King Institute of Preventive Medicine Micro-Biological Section reports 1909-11
Year: 1909
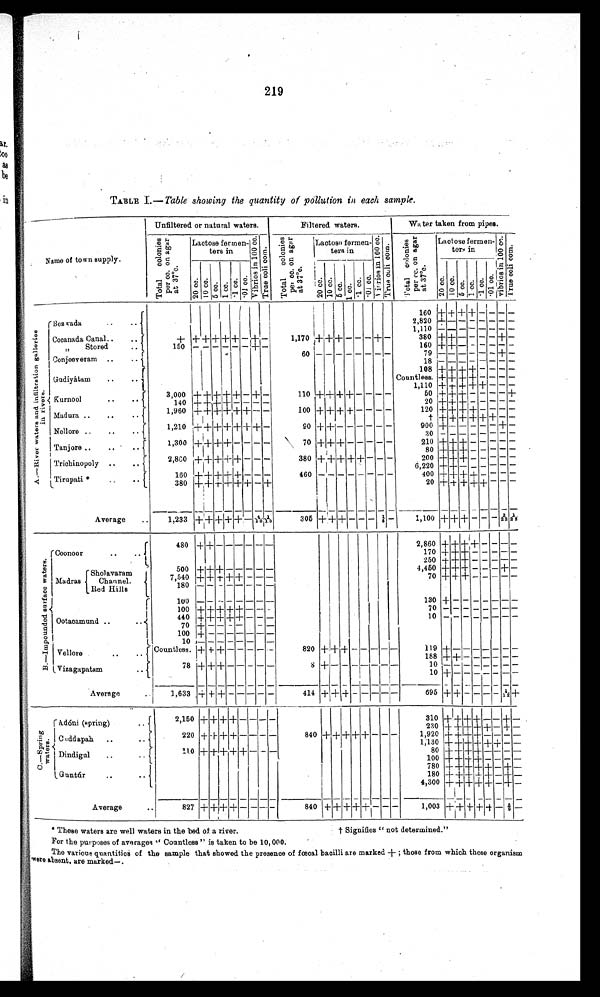
219
TABLE I.—Table showing the quantity of pollution in each sample.
Name of town supply.
Unfiltered or natural waters.
Filtered waters.
Water taken from pipes.
T o t a l p e r c c . o n a g a r a t 3 7° c .
Lactose fermen-
tern in
V i b r i o s i n 1 0 0 c c .
T r u e c o l i c o m .
Tot al col oni es per cc. on ager at 37°c.
Lactoso fermen-
t er s i n
v i b r i o s i n 1 0 0 c c . T r u c o l i c o m .
T o t a l c o l o n i e s p e r c c . o n a g e r a t 3 7°c .
Laotose fermen-
ters in
v i b r i o s i n 1 0 0 c c . Tr u e c o l i c o m.
20 cc.
1 0 c c . 5 c c .
1 c c .
.1 cc.
. 0 1 c c .
2 0 c c . 10 c c .
5 cc.
1 cc.
. 1 cc.
01 cc.
20 cc. 1 0 c c . 5 cc.1 cc. . 1 c c .
. 0 1 c c .
A . — R i v e r w a t e r s a n d i n f i l t r a t i o n g a l l e r i e s i n r i v e r . Bezwda
1 6 0
+ + + + - - - -
2,820 + - - - - - - -
1,110 + - - - - - - -
Cocanada Canal
" Stored
+ + + + + + - + -
1,170 + + + - - - + -
380 + + - - - - + -
150 - - - - - - + -
6 0
- - - - - - - -
160 + + - - - - - -
60 - - - - - - - -
79 - - - - - - + -
Conjeeveram
1 8
- - - - - - - -
1 0 8 + + + + - - - -
G u d i y á t a m
Countless. + + + + - - - -
1,110 + + + + + - - -
Kurnool
3 , 0 0 0
+ + + + + - + -
110 + + + + + - - -
50 + + + - - - - +
1 4 0
+ + + + - - - -
2 0+ + + - - - - -
1,960 + + + + + + - -
100 + + + + - - - -
120 + + + + - - - -
Madura
† + + + + + + - -
1,210 + + + + + + + -
90 + + - - - - - -
900 + - - - - - + -
Nellore
3 0 - - - - - - - -
1300 + + + + - - - -
70 + + + - - - - -
210 + + + - - - - -
Tanjore
80 + + + - - - - -
2,800 + + + + + - - -
380
+ + + + + - - -
200 + + + - - - - -
Trichinopoly
6,220 + + - - - - - -
160 + + + + + - - -
460 - - - - - - - -
400 + + + + - - - -
Tirupati*
380 + + + +
+ + - +
20 +
+ +
+ + -
-
-
Average
1,233
+
+
+ + + - 4/10 1/10
3 0 5
+ + + - - - 1/5 -
1 , 1 0 0 + + + - -
-
B/22A/22
B . — I m p o u n d e d s u r f a c e w a t e r s .
Coonoor
480
+ + - - - - - -
2,860 + + + + - - - -
170 + + + - - - - -
250 + + + - - - - -
Sholavaram
Madras Channel.
Red Hills
500 + + + - - - - -
4,450 + + + - - - + -
7,540 + + + + + - - -
70 + + + - - - - -
Ootacamund
1 0 0
- - - - - - - -
130 + - - - - - - - -
100 + + + + + - - -
7 0
- - - - - - - -
440 + + + + + - - -
1 0
- - - - - - - -
7 0 + - - - - - - -
100 + - - - - - - -
1 0
- - - - - - - -
Vellore
Countless. + + + - - - - - 8 2 0
+ + + - - - - -
1 1 9
+ - - - - - - -
188 + + - - - - - -
Vizagapatam
78 + + + - - - - -
8 + - - - - - - -
1 0
- - - - - - - -
10 + -
- - -
- - - -
Average
1,633 + + + - - - - -
414 + + + - - - - * 6 9 5
+ + - - - - 11/ 12 +
O . —S p r i n g w a t e r s .
Adóni (spring)
2,150
+ + + + - - - -
310
+ + + + - - +
-
2 3 0
+ + + + + - + -
Cuddapah
220 + + + + - - - -
840 + + + + + - - -
1,920 + + + + - - - -
1;130 + + + + + + - -
Dindigul
11.0 + + + + + - - -
8 0
+ + + +- - -
-
100 + + + + - - - -
780
+ + + + + - + -
Gnntfúr
180 + + + + + - + -
4,300 + + + + + - + -
Average
827 + + + + - - -
840+ + + + - - - -
1,003 + + + + + - 5/9 -
* These waters are well waters in the bed of a river.
For the purposes of averages "Countless" is taken to be 10,000.
The various quantities of the sample that showed the presence of fceoal bacilli are marked +; those from which these organism
were absent, are marked—.
† Signifies "not determined."